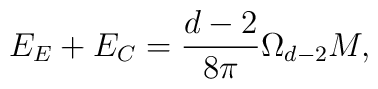
E_{E}+E_{C}=\frac{d-2}{8\pi }\Omega _{d-2}M,